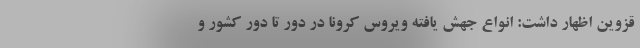
قزوین اظهار داشت: انواع جهش یافته ویروس کرونا در دور تا دور کشور و